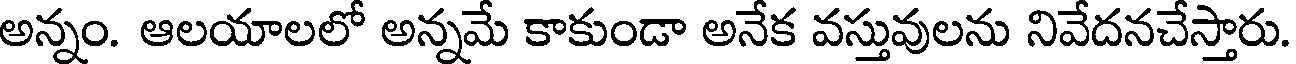
అన్నం. ఆలయాలలో అన్నమే కాకుండా అనేక వస్తువులను నివేదనచేస్తారు.